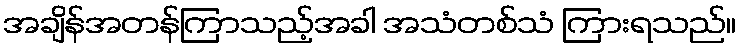
အချိန်အတန်ကြာသည့်အခါ အသံတစ်သံ ကြားရသည်။